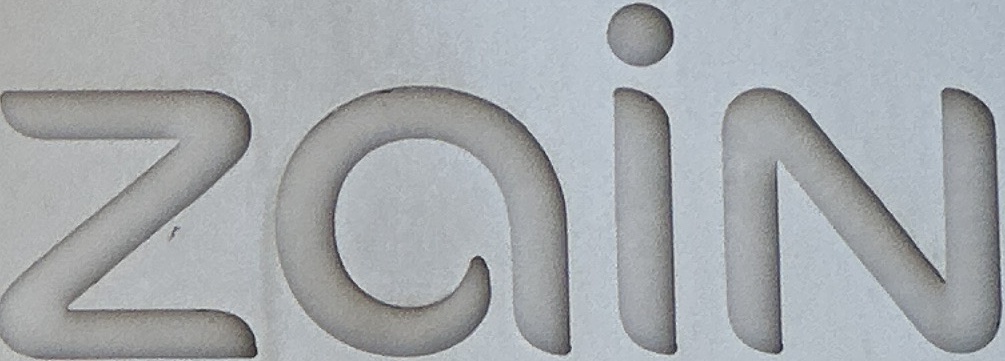
Zain